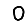
Digit: 0